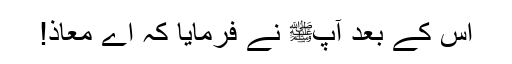
اس کے بعد آپﷺ نے فرمایا کہ اے معاذ!